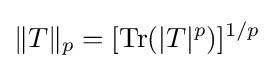
\|T\|_{p}=[\operatorname {Tr} (|T|^{p})]^{1/p}